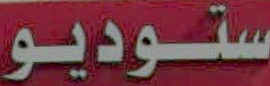
ستوديو